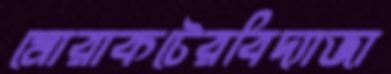
মোরাকটেরবিদ্যাজা